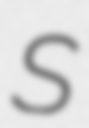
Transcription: S